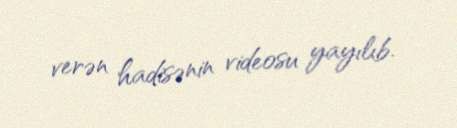
verən hadisənin videosu yayılıb.